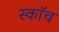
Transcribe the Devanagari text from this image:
स्काॅच